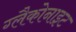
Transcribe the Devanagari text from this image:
ग्लैकोनाइट